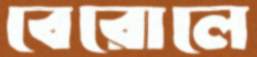
বেরোলে